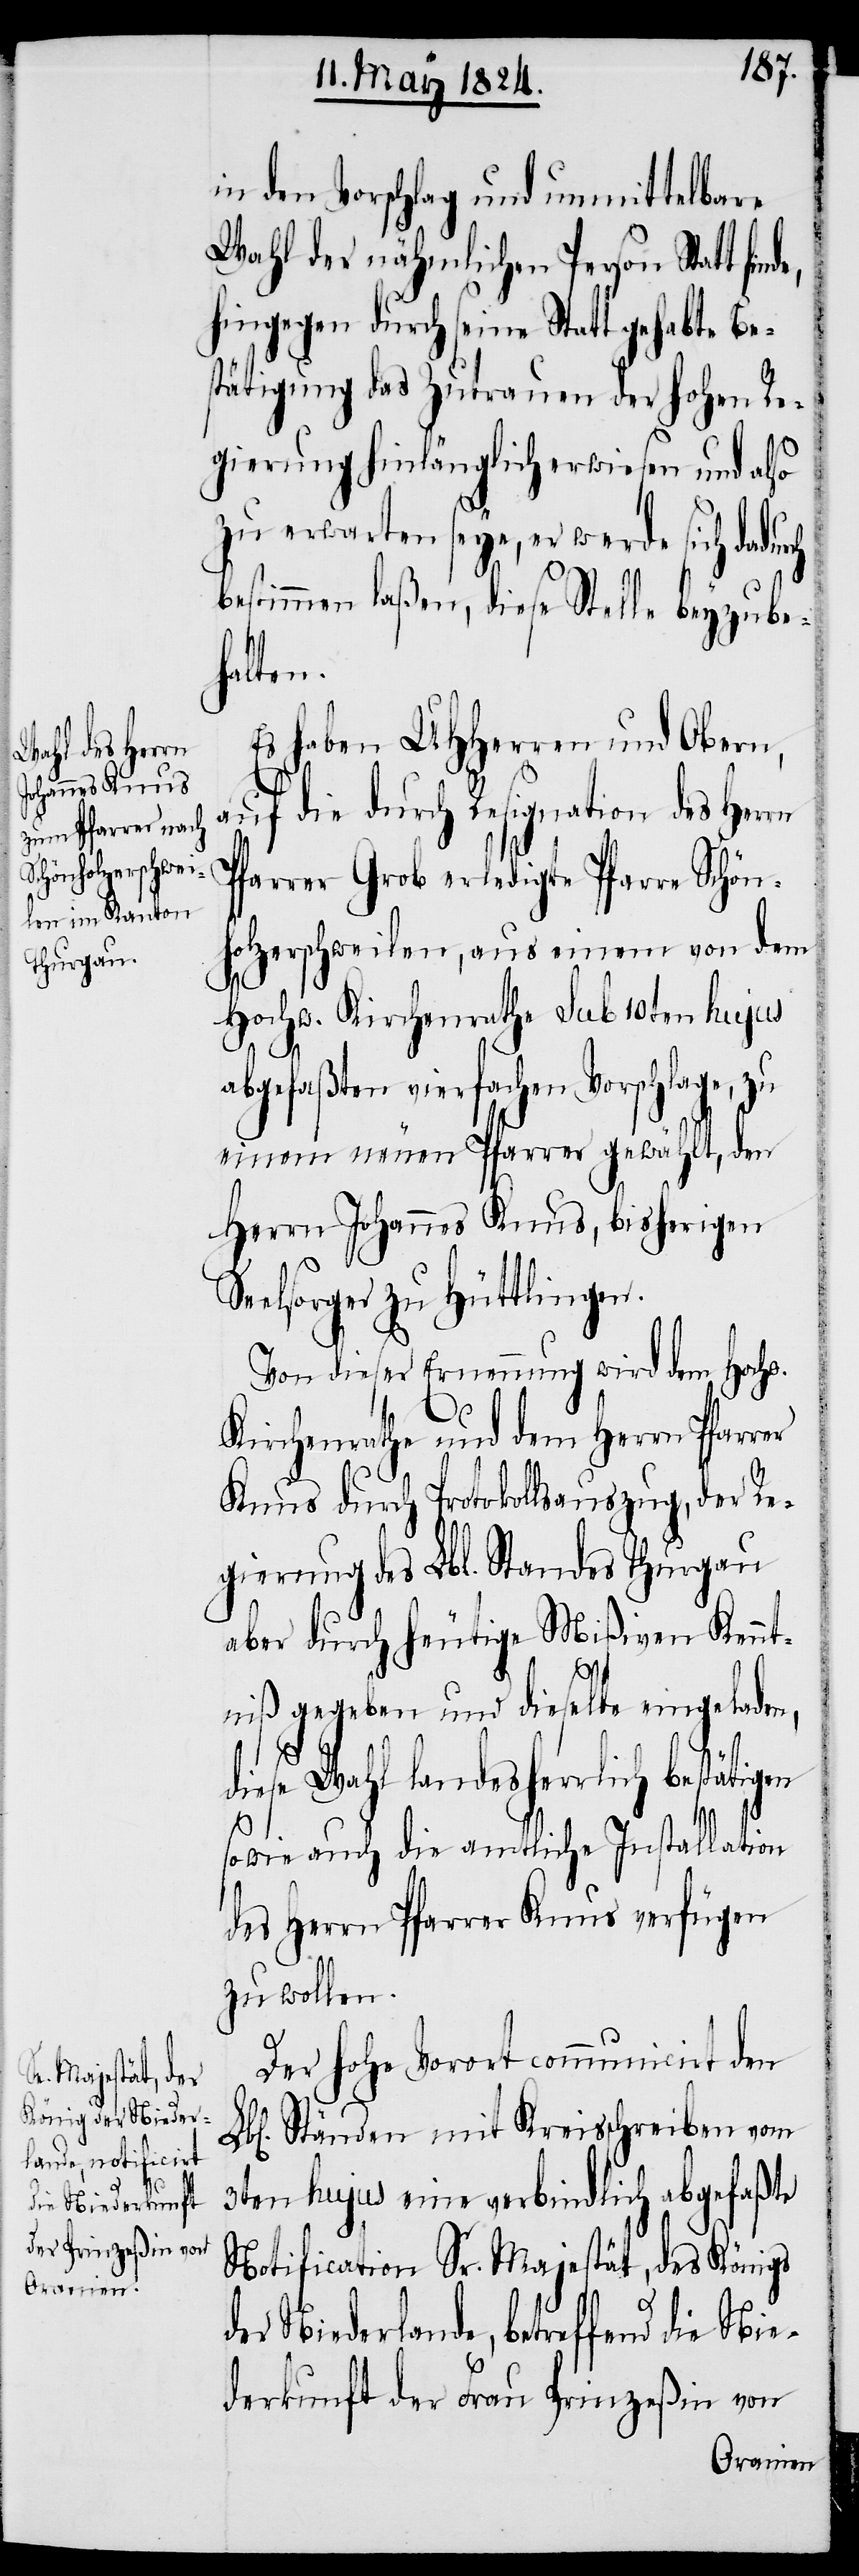
in den Vorschlag und unmittelbare
Wahl der nähmlichen Person Statt fin¬
hingegen durch seine Statt gehabte Be¬
stätigung das Zutrauen der hohen Re¬
gierung hinlänglich erwiesen und also
zu erwarten seye, er werde sich dadurch
bestimmen laßen, diese Stelle beyzube¬
halten.
Es haben UHHerren und Obern,
auf die durch Resignation des Herrn
Pfarrer Grob erledigte Pfarre Schön¬
holzerschweilen, aus einem von dem
Hochw. Kirchenrathe sub 10ten hujus
abgefaßten vierfachen Vorschlage, zu
einem neuen Pfarrer gewählt, den
Herrn Johannes Knus, bisherigen
elsorger zu Hüttlingen.
Von dieser Ernennung wird dem Hochw.
Kirchenrathe und dem Herrn Pfarrer
Knus durch Protokollsauszug, der Re¬
gierung des Lbl. Standes Thurgau
aber durch heutige Mißiven Kennt¬
niß gegeben und dieselbe eingeladen,
Se¬
diese Wahl landesherrlich bestätigen
sowie auch die amtliche Installation
des Herrn Pfarrer Knus verfügen
zu wollen.
Der hohe Vorort communicirt den
Ständen mit Kreisschreiben vom
3ten hujus eine verbindlich abgefaßte
Notification Sr. Majestät, des Königs
der Niederlande, betreffend die Nie¬
derkunft der Frau Prinzeßin von